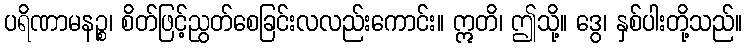
ပရိဏာမနဉ္စ၊ စိတ်ဖြင့်ညွတ်စေခြင်းလလည်းကောင်း။ ဣတိ၊ ဤသို့။ ဒွေ၊ နှစ်ပါးတို့သည်။